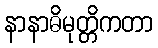
နာနာဓိမုတ္တိကတာ